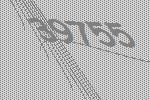
39755